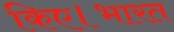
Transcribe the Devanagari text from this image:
किए।भारत